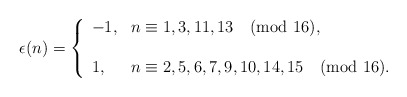
\begin{align*}\epsilon(n)=\left\{ \begin{array}{ll} -1, & n \equiv 1,3,11,13 \pmod{16}, \\ &\\ 1, & n \equiv 2,5,6,7,9,10,14,15 \pmod{16}.\\ \end{array}\right.\end{align*}